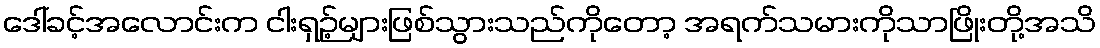
ဒေါ်ခင့်အလောင်းက ငါးရှဉ့်များဖြစ်သွားသည်ကိုတော့ အရက်သမားကိုသာဖြိုးတို့အသိ